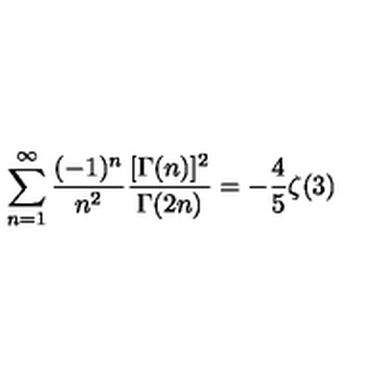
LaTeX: \sum _ { n = 1 } ^ { \infty } \frac { ( - 1 ) ^ { n } } { n ^ { 2 } } \frac { [ \Gamma ( n ) ] ^ { 2 } } { \Gamma ( 2 n ) } = - \frac { 4 } { 5 } \zeta ( 3 )